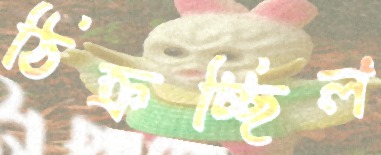
ঠিক্‌রচ্ছিল